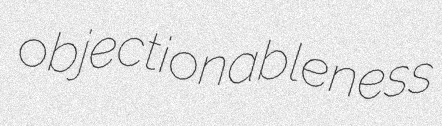
objectionableness